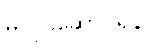
မလုပ်ဆောင်ရန်